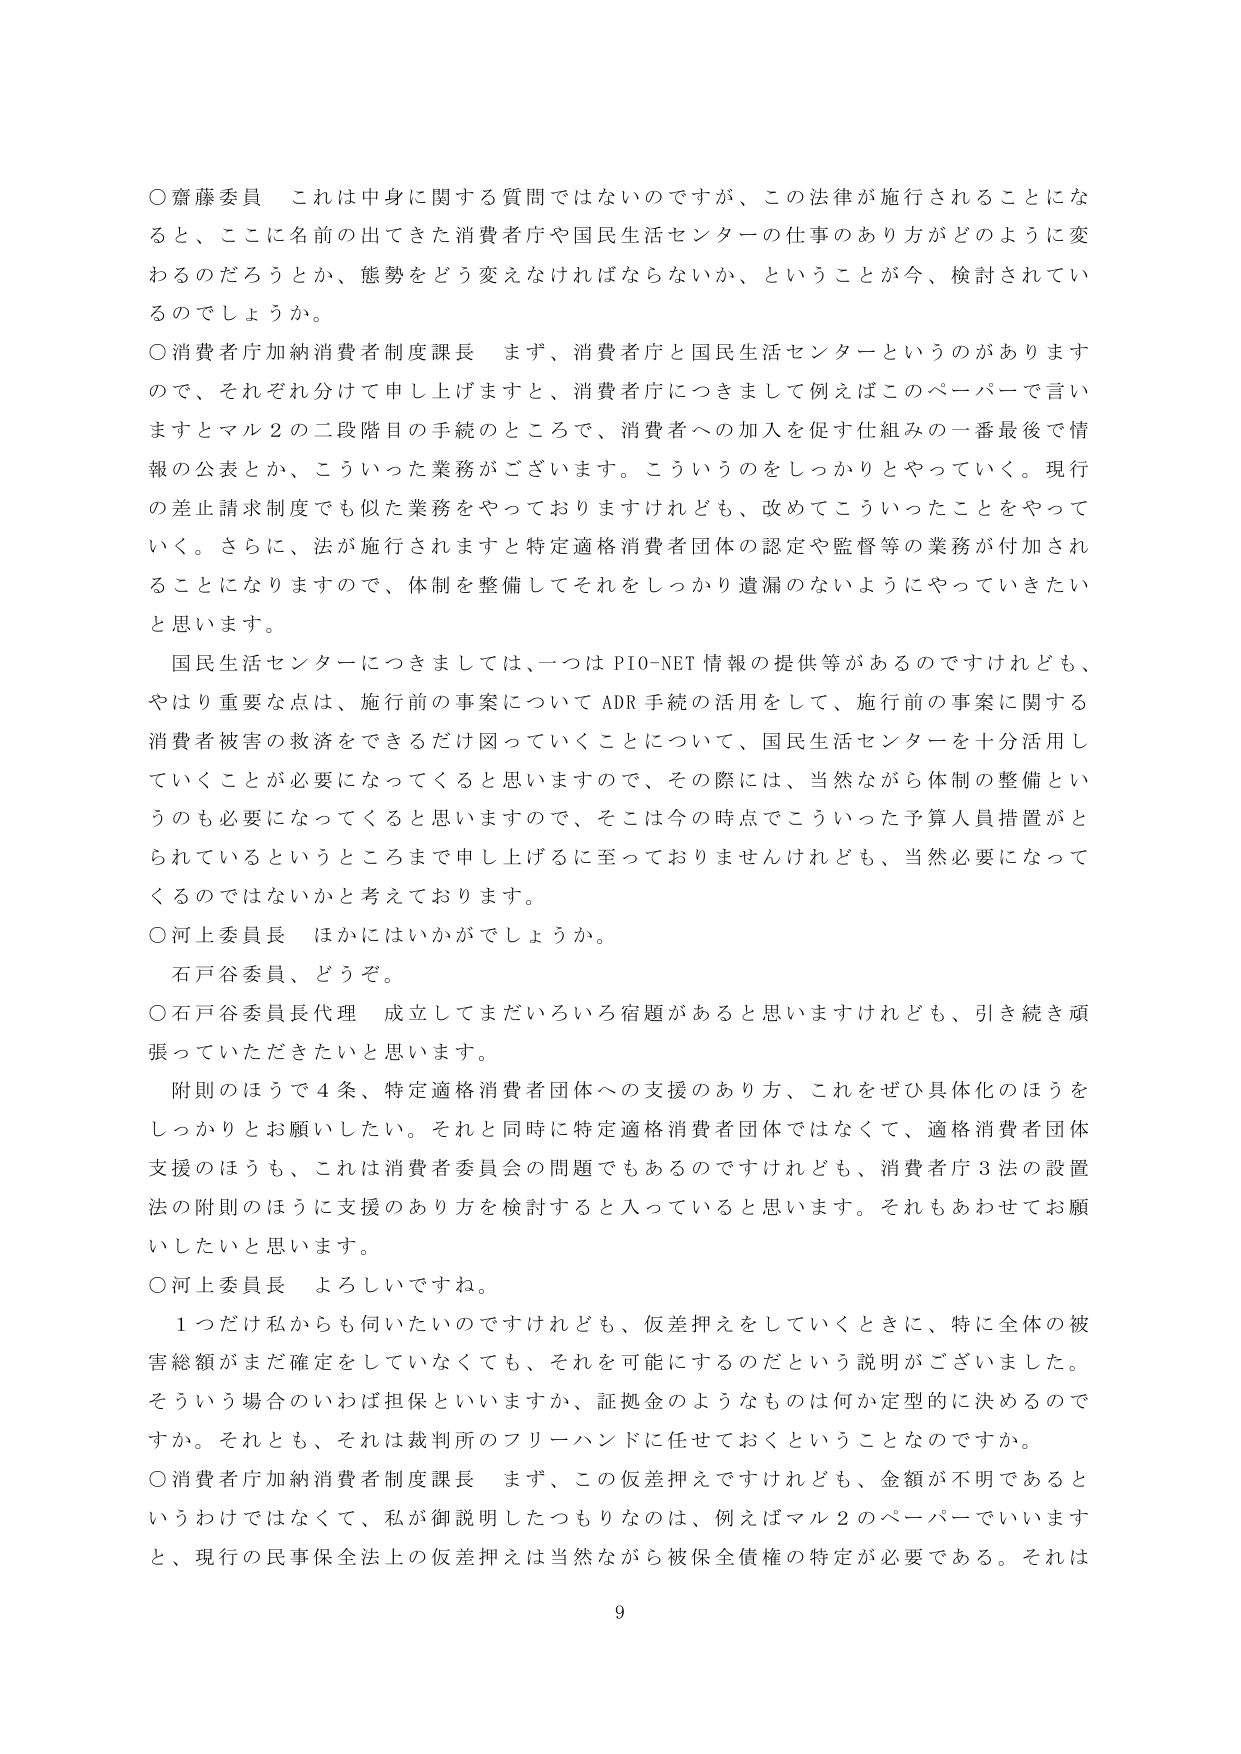
○齋藤委員　これは中身に関する質問ではないのですが、この法律が施行されることにな
ると、ここに名前の出てきた消費者庁や国民生活センターの仕事のあり方がどのように変
わるのだろうとか、態勢をどう変えなければならないか、ということが今、検討されてい
るのでしょうか。

○消費者庁加納消費者制度課長　まず、消費者庁と国民生活センターというのがあります
ので、それぞれ分けて申し上げますと、消費者庁につきまして例えばこのペーパーで言い
ますとマル２の二段階目の手続のところで、消費者への加入を促す仕組みの一番最後で情
報の公表とか、こういった業務がございます。こういうのをしっかりとやっていく。現行
の差止請求制度でも似た業務をやっておりますけれども、改めてこういったことをやって
いく。さらに、法が施行されますと特定適格消費者団体の認定や監督等の業務が付加され
ることになりますので、体制を整備してそれをしっかり遺漏のないようにやっていきたい
と思います。

　国民生活センターにつきましては、一つはPIO-NET情報の提供等があるのですけれども、
やはり重要な点は、施行前の事案についてADR手続の活用をして、施行前の事案に関する
消費者被害の救済をできるだけ図っていくことについて、国民生活センターを十分活用し
ていくことが必要になってくると思いますので、その際には、当然ながら体制の整備とい
うのも必要になってくると思いますので、そこは今の時点でこういった予算人員措置がと
られているというところまで申し上げるに至っておりませんけれども、当然必要になって
くるのではないかと考えております。

○河上委員長　ほかにはいかがでしょうか。

　石戸谷委員、どうぞ。

○石戸谷委員長代理　成立してまだいろいろ宿題があると思いますけれども、引き続き頑
張っていただきたいと思います。

　附則のほうで４条、特定適格消費者団体への支援のあり方、これをぜひ具体化のほうを
しっかりとお願いしたい。それと同時に特定適格消費者団体ではなくて、適格消費者団体
支援のほうも、これは消費者委員会の問題でもあるのですけれども、消費者庁３法の設置
法の附則のほうに支援のあり方を検討すると入っていると思います。それもあわせてお願
いしたいと思います。

○河上委員長　よろしいですね。

　１つだけ私からも伺いたいのですけれども、仮差押えをしていくときに、特に全体の被
害総額がまだ確定をしていなくても、それを可能にするのだという説明がございました。
そういう場合のいわば担保といいますか、証拠金のようなものは何か定型的に決めるので
すか。それとも、それは裁判所のフリーハンドに任せておくということなのですか。

○消費者庁加納消費者制度課長　まず、この仮差押えですけれども、金額が不明であると
いうわけではなくて、私が御説明したつもりなのは、例えばマル２のペーパーでいいます
と、現行の民事保全法上の仮差押えは当然ながら被保全債権の特定が必要である。それは

9